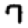
Digit: 7